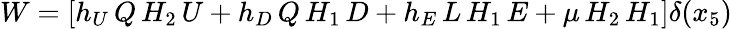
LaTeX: W=\left[h_{U}\, Q\, H_{2}\, U+h_{D}\, Q\, H_{1}\, D+h_{E}\, L\, H_{1}\, E+\mu\, H_{2}\, H_{1}\right]\delta(x_{5})